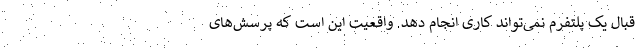
قبال یک پلتفرم نمی‌تواند کاری انجام دهد. واقعیت این است که پرسش‌های